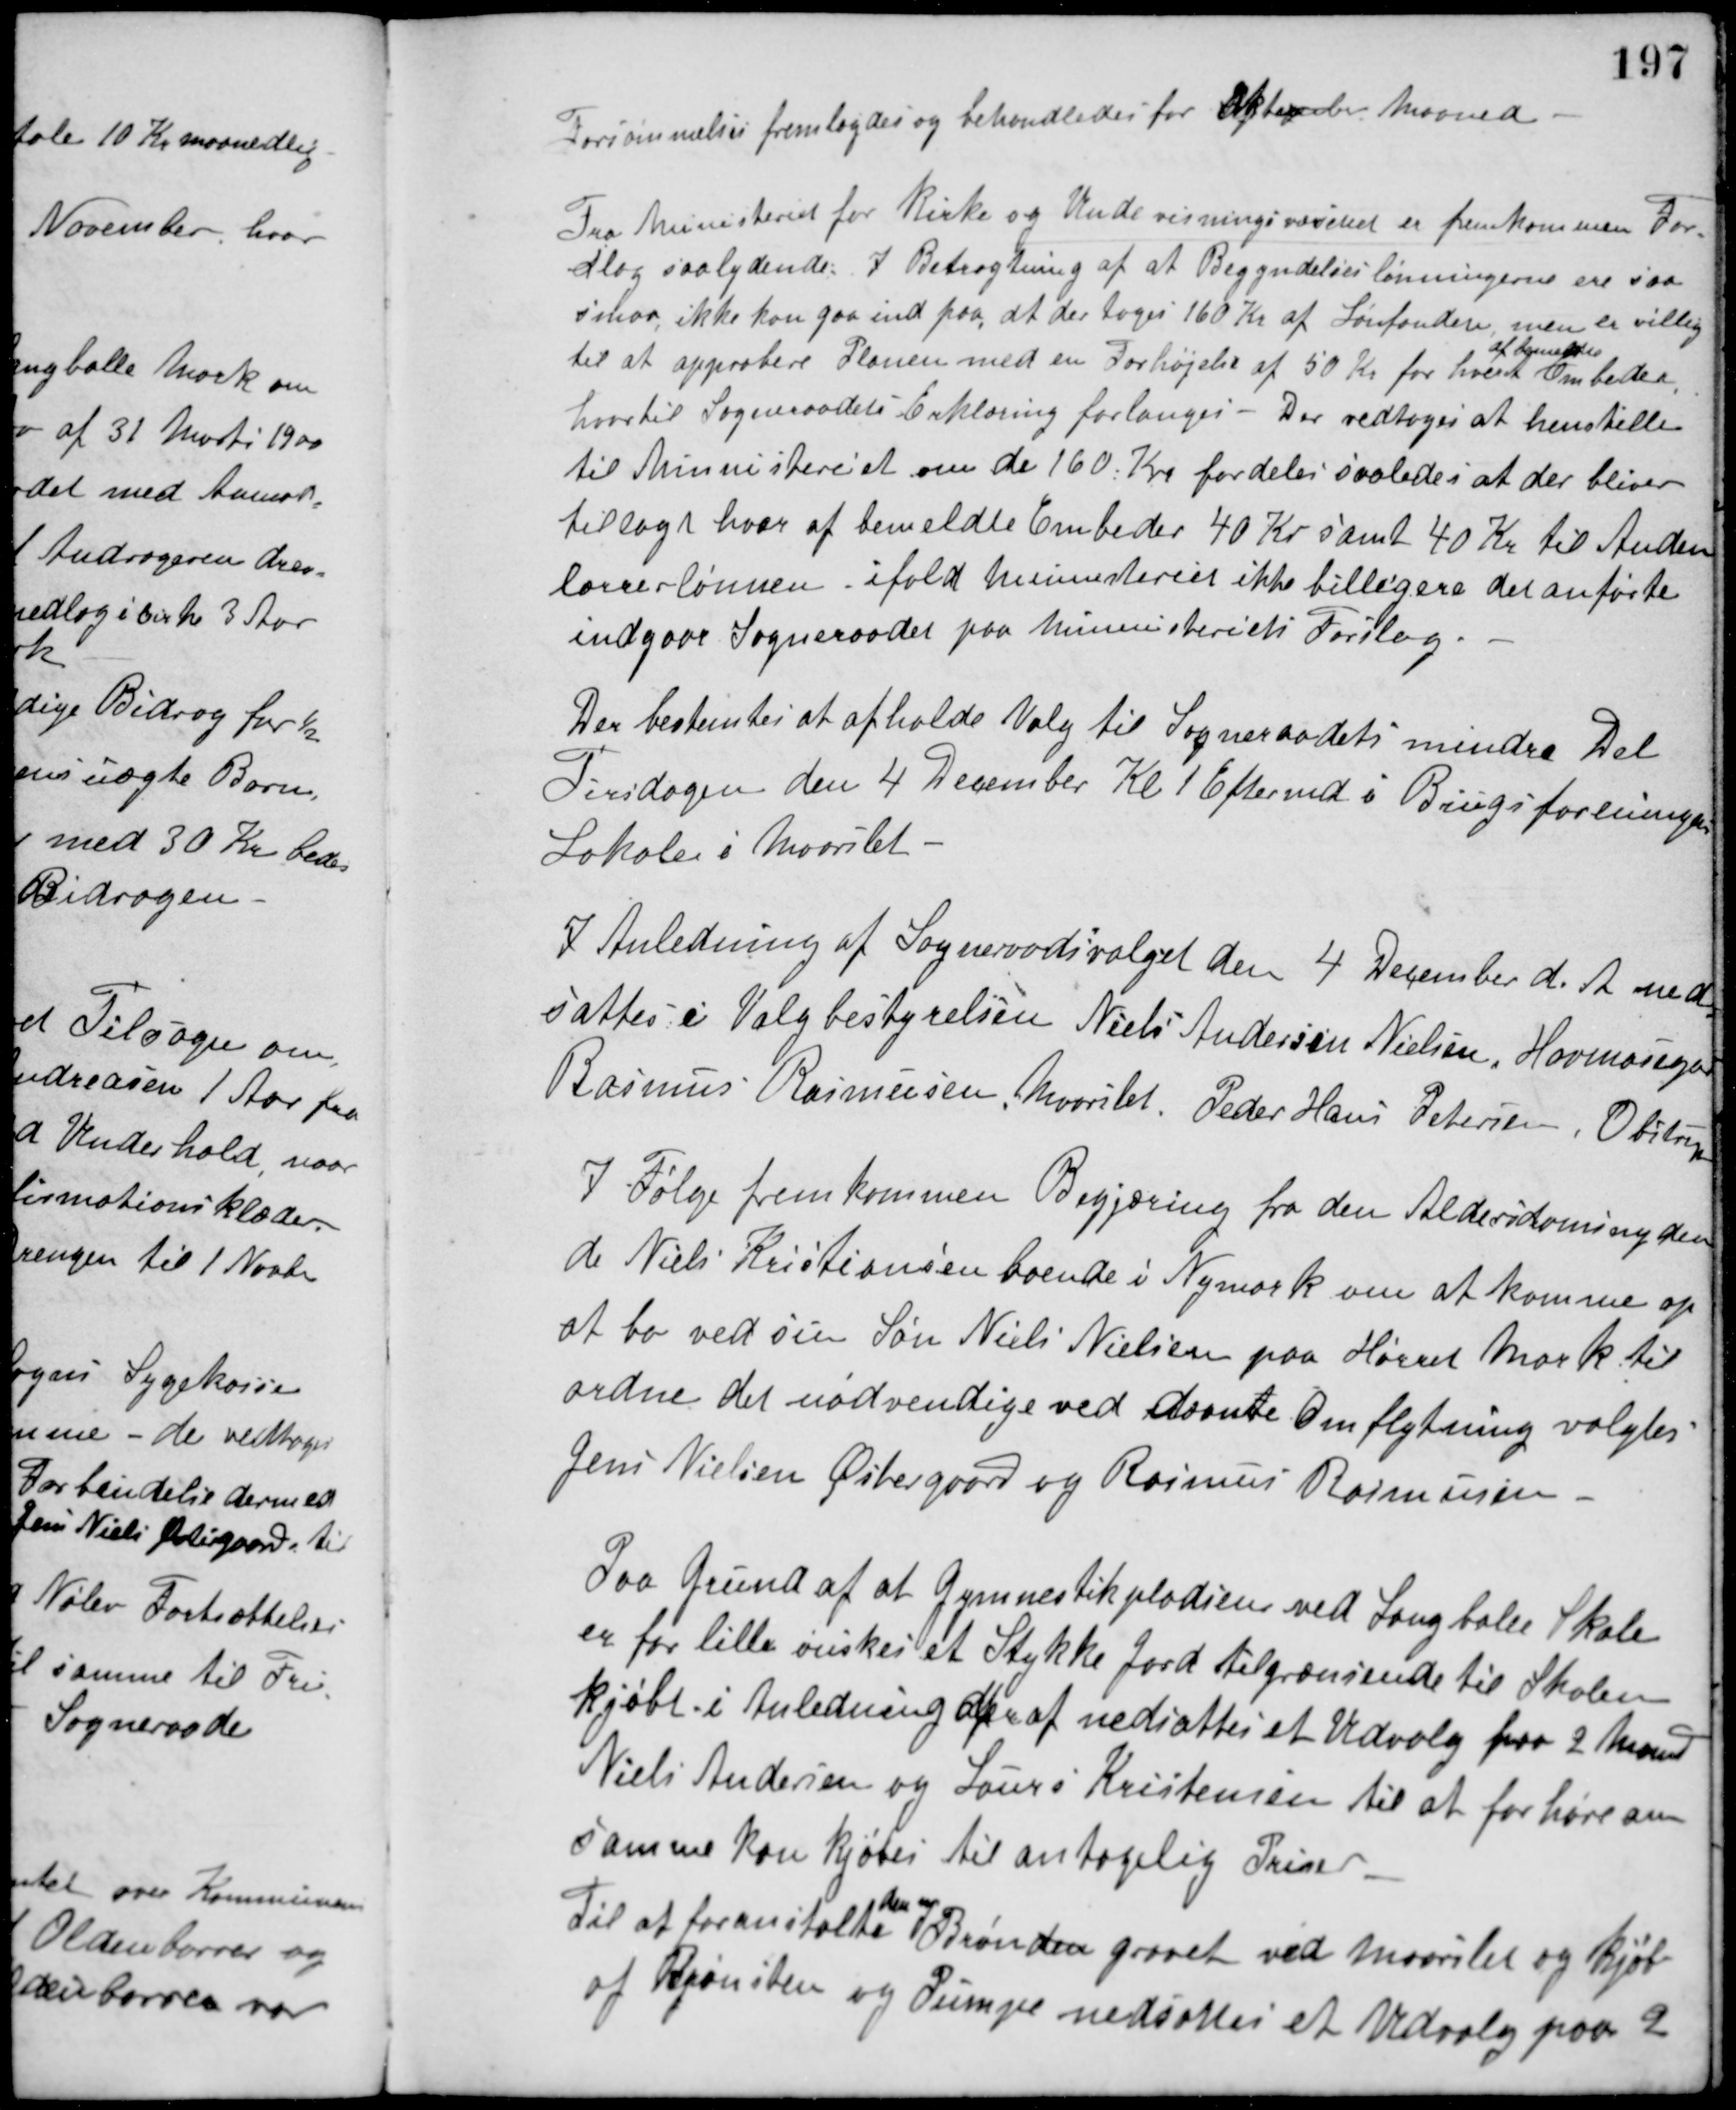
Transskription:
Forsømmelses fremlagdes og behandledes for Oktober Maaned.
Fra Ministeriet for Kirke og Undervisningsvæsenet er fremkommen For-
slag saalydende: I Betragtning af at Begyndelseslønningerne ere saa
smaa, ikke kan gaa ind paa, at der toges 160 Kr. af Lønfonden, men er villig
til at approbere Planen med en Forhøjelse af 50 Kr. for hvert
af bemeldte
Embeder,
hvortil Sogneraadets Erklæring forlanges - Der vedtoges at henstille
til Ministeriet om de 160 Kr. fordeles saaledes at der bliver
tillagt hver af bemeldte Embeder 40 Kr. samt 40 Kr. til Anden-
lærerlønnen ifald ministeriet ikke billigere det anførte
indgaar Sogneraadet paa Mininisteriets Forslag.
Der bestemtes at afholde Valg til Sogneraadets mindre Del
Tirsdagen den 4 December Kl. 1 Eftermd. i Brugsforeningens
Lokaler i Maarslet.
I Anledning af Sogneraadsvalget den 4 December d. A. ned-
sattes i Valgbestyrelsen Niels Andersen Nielsen, Havmosegd.,
Rasmus Rasmussen, Maarslet, Peder Hans Petersen, Obstrup.
I Følge fremkommen Begjæring fra den Alderdomsnyden-
de Niels Kristiansen boende i Nymark om at komme op
at bo ved sin Søn Niels Nielsen paa Hørret Mark til
ordne det nødvendige ved nævnte Omflytning valgtes
Jens Nielsen Østergaard og Rasmus Rasmussen.
Paa Grund af at Gymnastikpladsen ved Langballe Skole
er for lille ønskes et Stykke Jord tilgrænsende til Skolen
kjøbt i Anledning deraf nedsattes et Udvalg paa 2 Mand,
Niels Andersen og Laurs Kristensen til at forhøre om
samme kan kjøbes til antagelig Priser.
Til at foranstalte
den nye
Brønden gravet ved Maarslet og Kjøb
af Brønsten og Pumpe nedsattes et Udvalg paa 2